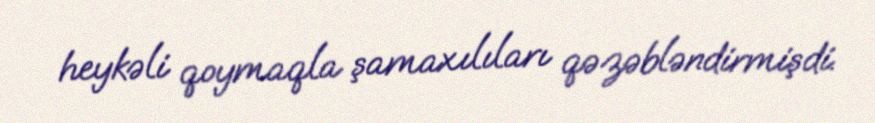
heykəli qoymaqla şamaxılıları qəzəbləndirmişdi.